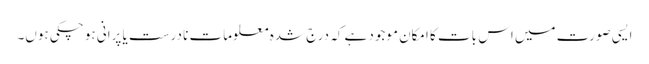
ایسی صورت میں اس بات کا امکان موجود ہے کہ درج شدہ معلومات نا درست یا پرانی ہو چکی ہوں۔